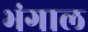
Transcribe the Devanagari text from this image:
भंगाल